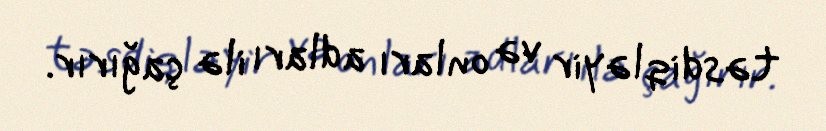
təsdiqləyir və onları adları ilə çağırır.